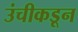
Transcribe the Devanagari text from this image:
उंचीकडून